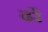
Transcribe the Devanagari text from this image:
ढरें